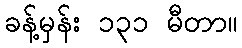
ခန့်မှန်း ၁၃၁ မီတာ။